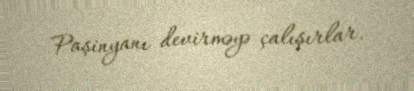
Paşinyanı devirməyə çalışırlar.